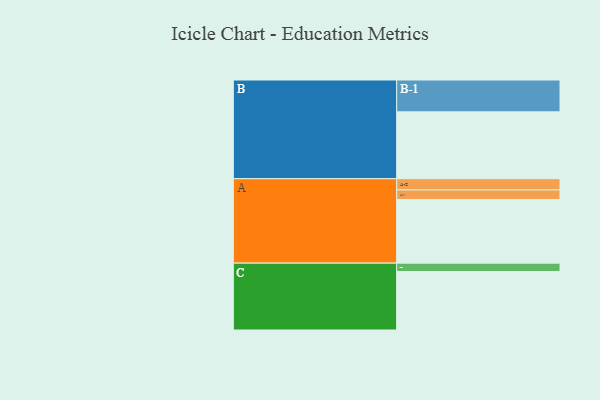
{"axis": {"x": "Segment", "y": "Value"}, "legend": ["", "A", "B", "C"], "data": [{"x": "A", "y": 380, "type": ""}, {"x": "B", "y": 399, "type": ""}, {"x": "C", "y": 349, "type": ""}, {"x": "A-1", "y": 57, "type": "A"}, {"x": "A-2", "y": 67, "type": "A"}, {"x": "B-1", "y": 190, "type": "B"}, {"x": "C-1", "y": 50, "type": "C"}]}